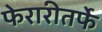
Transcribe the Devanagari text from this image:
फेरारीतर्फे